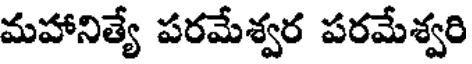
మహానిత్యే పరమేశ్వర పరమేశ్వరి